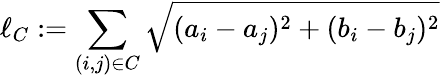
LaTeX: \ell_{C}:=\sum_{(i,j)\in C}\sqrt{(a_{i}-a_{j})^{2}+(b_{i}-b_{j})^{2}}